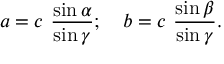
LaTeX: a = c \ { \frac { \sin \alpha } { \sin \gamma } } ; \quad b = c \ { \frac { \sin \beta } { \sin \gamma } } .